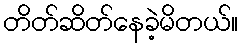
တိတ်ဆိတ်နေခဲ့မိတယ်။